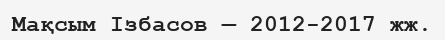
Мақсым Ізбасов — 2012-2017 жж.